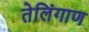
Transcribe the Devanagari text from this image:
तेलिंगाण